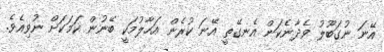
އޭނަ ނުގަބޫލު ވެދާނެކަން އެނގޭތީ އޭނަ ކުރެން އަހާލުމަކީ ބޭނުން ކަމަކަށް ނުވިއެވެ.